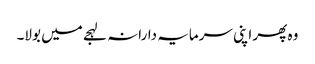
وہ پھر اپنی سرمایہ دارانہ لہجے میں بولا۔